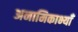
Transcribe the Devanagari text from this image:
अनामिकाभ्याँ